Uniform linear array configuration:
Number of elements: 32
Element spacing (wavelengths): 0.75
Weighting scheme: cosine
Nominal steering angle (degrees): -30
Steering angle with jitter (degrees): -28.158
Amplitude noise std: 0.05
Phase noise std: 0.05

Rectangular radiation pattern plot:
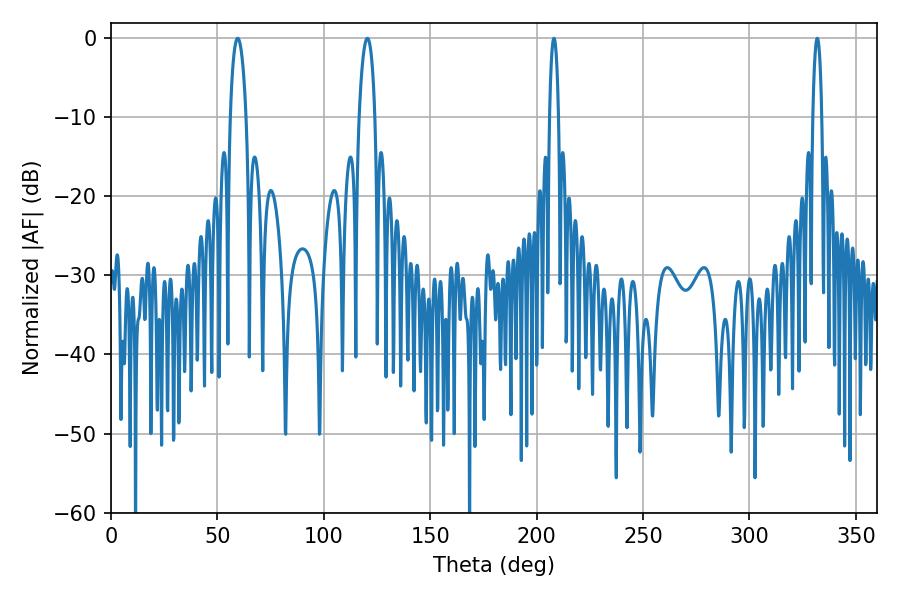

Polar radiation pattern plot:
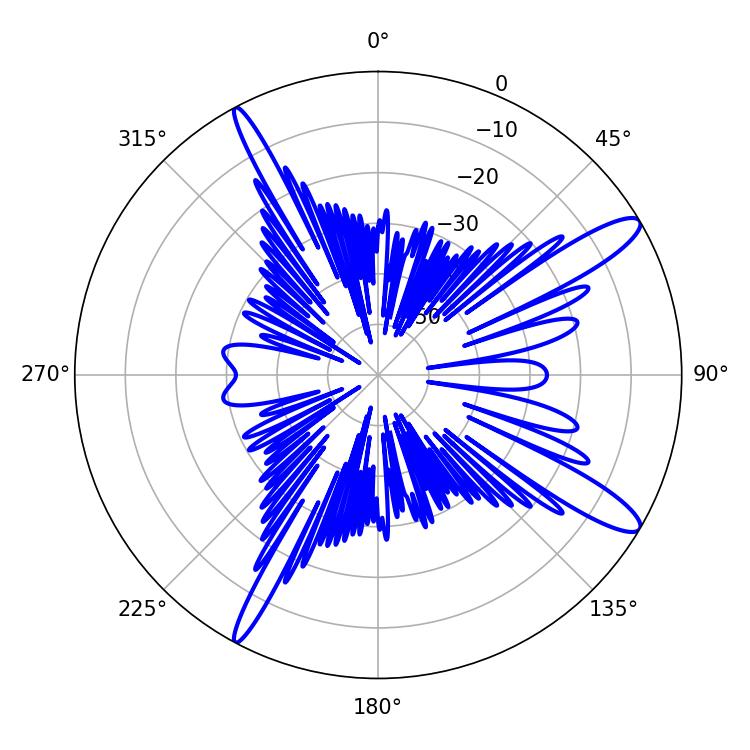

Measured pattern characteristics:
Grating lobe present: TRUE
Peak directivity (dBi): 13.098
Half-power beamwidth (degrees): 4.32
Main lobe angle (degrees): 120.42